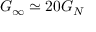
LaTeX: G _ { \infty } \simeq 2 0 G _ { N }